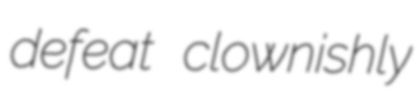
defeat clownishly